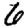
Digit: 6